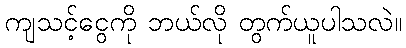
ကျသင့်ငွေကို ဘယ်လို တွက်ယူပါသလဲ။